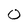
Character: 0